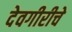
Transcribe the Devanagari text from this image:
देवगीरीचे